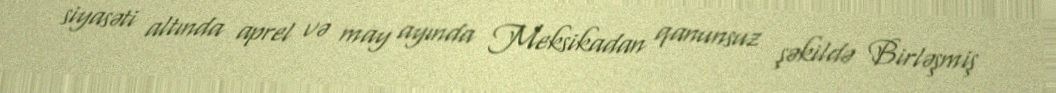
siyasəti altında aprel və may ayında Meksikadan qanunsuz şəkildə Birləşmiş